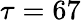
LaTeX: \tau=67